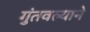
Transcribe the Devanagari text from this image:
गुंतवल्याने